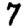
Digit: 7